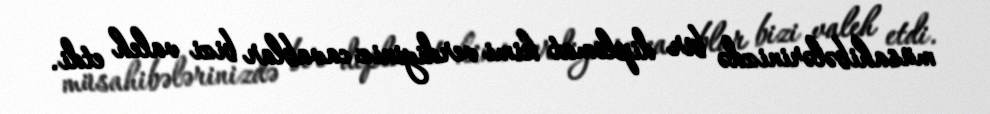
müsahibələrinizdə bir diplomat kimi verdiyiniz cavablar bizi valeh etdi.